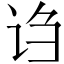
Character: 诌